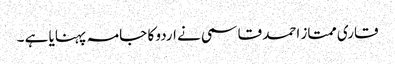
قاری ممتاز احمد قاسمی نے اردو کا جامہ پہنایا ہے ۔